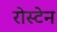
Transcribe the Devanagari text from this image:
रोस्टेन